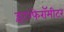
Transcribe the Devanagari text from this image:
इंटरफेरॉमीटर